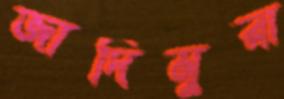
জাদিমুরা